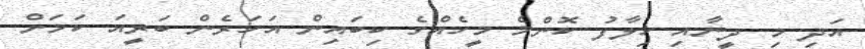
އަދި މި ދީނާއި ޚިލާފު ކޮންމެ މީހެއްގެ ކިބައިން އަހަރެން ބަރީއަ ކަމަށް